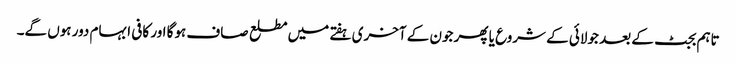
تاہم بجٹ کے بعد جولائی کے شروع یا پھر جون کے آخری ہفتے میں مطلع صاف ہوگا اور کافی ابہام دور ہوں گے۔